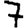
Digit: 7